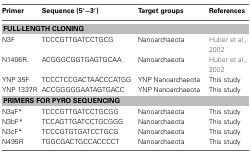
| Primer | Sequence (5′–3′) | Target groups | References |
 | --- | --- | --- | --- |
 | <COLSPAN=4> FULL-LENGTH CLONING |
 | N3F | TCCCGTTGATCCTGCG | Nanoarchaeota | Huber et al., 2002 |
 | N1406R | ACGGGCGGTGAGTGCAA | Nanoarchaeota | Huber et al., 2002 |
 | YNP 35F | TCCCTCCGACTAACCCATGG | YNP Nanoarchaeota | This study |
 | YNP 1337R | ACCGGGGGAATAGTGACC | YNP Nanoarchaeota | This study |
 | <COLSPAN=4> PRIMERS FOR PYRO SEQUENCING |
 | N3aF* | TCCCGTTGATCCTGCGG | Nanoarchaeota | This study |
 | N3bF* | TCCAGTTGATCCTGCGGG | Nanoarchaeota | This study |
 | N3cF* | TCCCGTGTGATCCTGCG | Nanoarchaeota | This study |
 | N495R | TGGCGACTGCCACCCCT | Nanoarchaeota | This study |